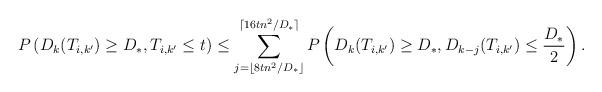
LaTeX: \begin{align*} P\left(D_k(T_{i,k'} )\geq D_\ast,T_{i,k'}\leq t\right) \leq \sum_{j=\lfloor 8tn^2/D_\ast \rfloor}^{\lceil 16tn^2/D_\ast\rceil} P\left(D_k(T_{i,k'}) \geq D_\ast ,D_{k-j}(T_{i,k'})\leq \frac{D_\ast}{2} \right).\end{align*}